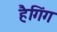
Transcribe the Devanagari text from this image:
हैगिंग